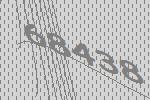
68438